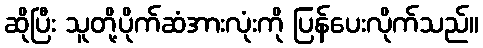
ဆိုပြီး သူတို့ပိုက်ဆံအားလုံးကို ပြန်ပေးလိုက်သည်။